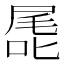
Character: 𭉖